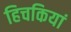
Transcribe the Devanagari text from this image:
हिचकियां